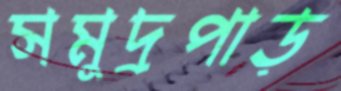
সমুদ্রপাড়